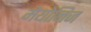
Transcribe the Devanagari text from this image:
मेयोनिज